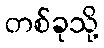
တစ်ခုသို့